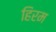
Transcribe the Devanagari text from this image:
हिरम